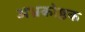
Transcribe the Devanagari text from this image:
अभ्रकोष्ठक